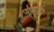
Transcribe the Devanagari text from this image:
ऐब्सर्डम